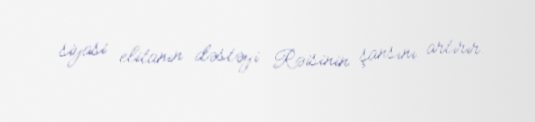
siyasi elitanın dəstəyi Rəisinin şansını artırır.